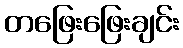
တဖြေးဖြေးချင်း